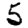
Digit: 5